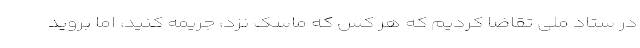
در ستاد ملی تقاضا کردیم که هر کس که ماسک نزد، جریمه کنید، اما بروید